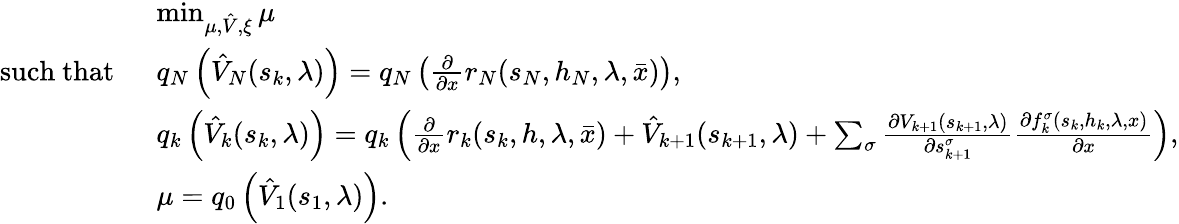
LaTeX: \begin{array}{rl}&{\operatorname*{min}_{\mu,\hat{V},\xi}\mu}\\ {\mathrm{such~that~}\ }&{q_{N}\left(\hat{V}_{N}(s_{k},\lambda)\right)=q_{N}\left(\frac{\partial}{\partial x}r_{N}(s_{N},h_{N},\lambda,\bar{x})\right),}\\ &{q_{k}\left(\hat{V}_{k}(s_{k},\lambda)\right)=q_{k}\left(\frac{\partial}{\partial x}r_{k}(s_{k},h,\lambda,\bar{x})+\hat{V}_{k+1}(s_{k+1},\lambda)+\sum_{\sigma}\frac{\partial V_{k+1}(s_{k+1},\lambda)}{\partial s_{k+1}^{\sigma}}\frac{\partial f_{k}^{\sigma}(s_{k},h_{k},\lambda,x)}{\partial x}\right),}\\ &{\mu=q_{0}\left(\hat{V}_{1}(s_{1},\lambda)\right).}\end{array}